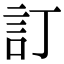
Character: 訂